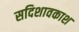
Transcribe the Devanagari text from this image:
सदिशावकाश